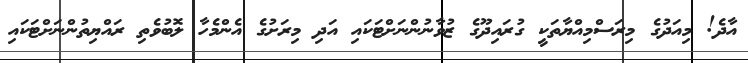
އާދެ! މިއަދުގެ މިރަސްމިއްޔާތަކީ ގުރައިދޫގެ ޒުވާނުންނަށްޓަކައި އަދި މިރަށުގެ އެންމެހާ ލޮބުވެތި ރައްޔިތުންނަށްޓަކައި